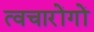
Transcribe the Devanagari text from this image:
त्वचारोंगों